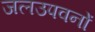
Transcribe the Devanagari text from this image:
जलउपवनों